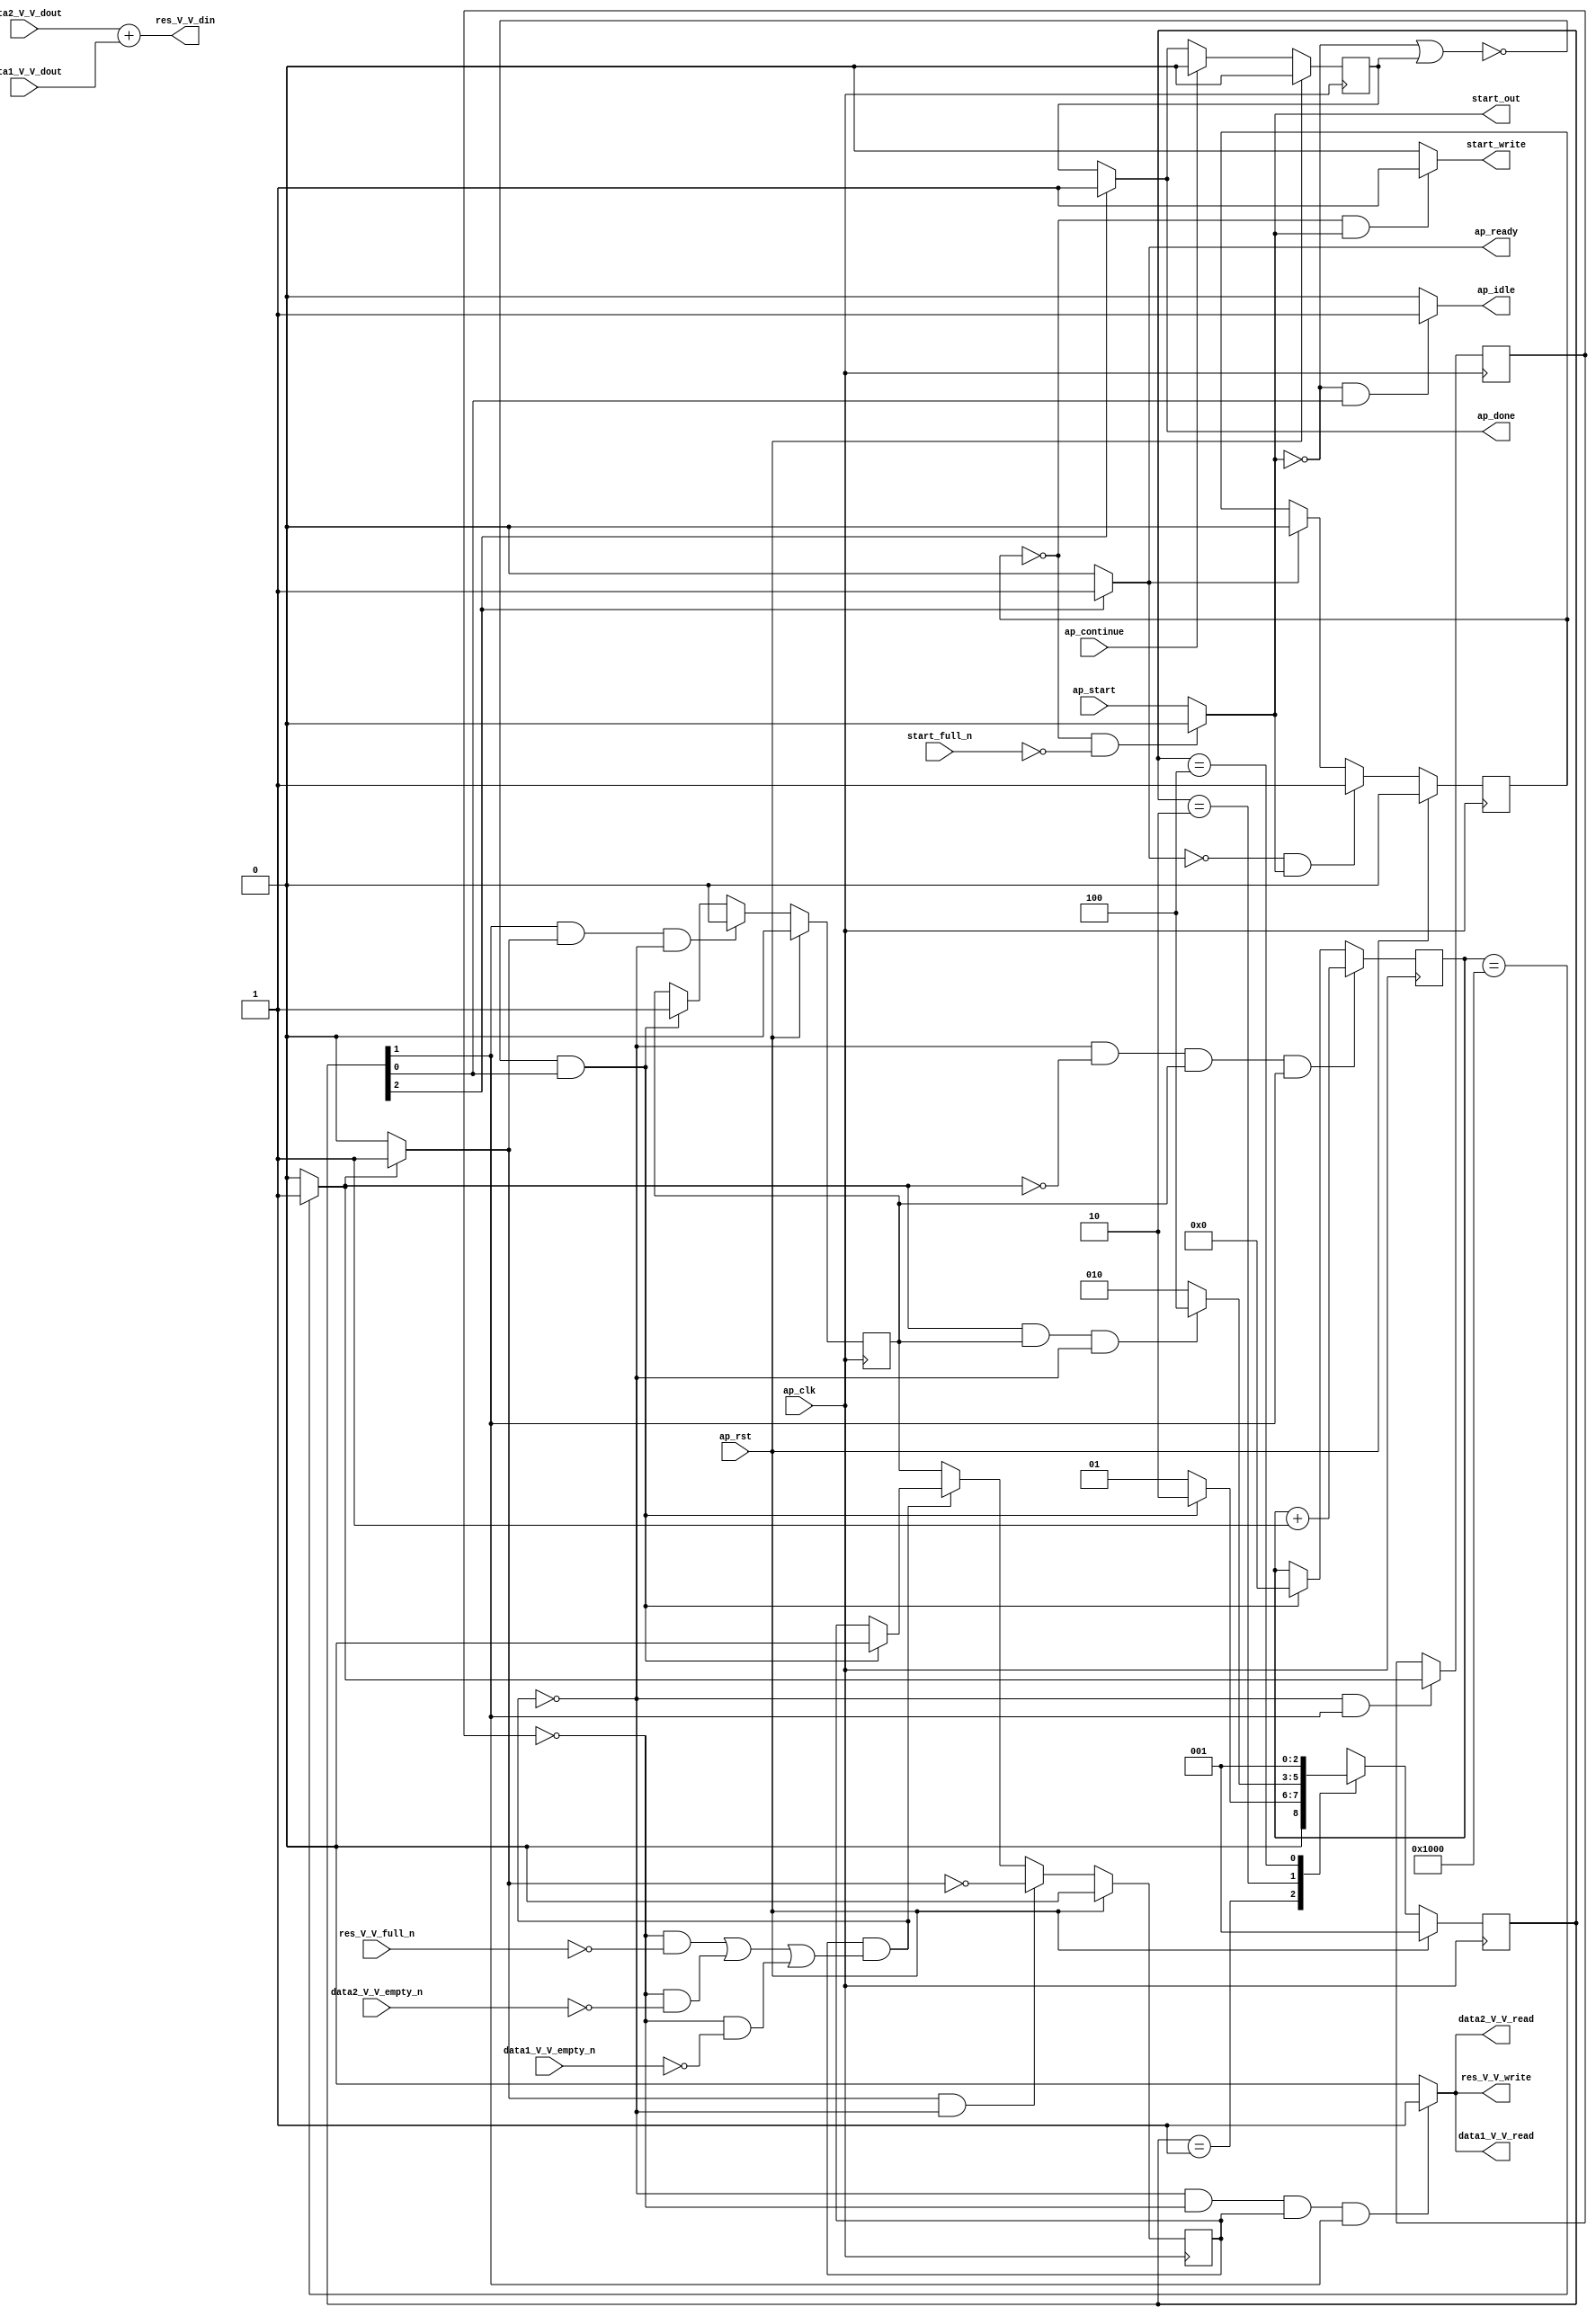
// ==============================================================
// RTL generated by Vivado(TM) HLS - High-Level Synthesis from C, C++ and OpenCL
// Version: 2019.2
// Copyright (C) 1986-2019 Xilinx, Inc. All Rights Reserved.
// 
// ===========================================================

`timescale 1 ns / 1 ps 

module add_ss_ap_fixed_ap_fixed_ap_fixed_config26_s (
        ap_clk,
        ap_rst,
        ap_start,
        start_full_n,
        ap_done,
        ap_continue,
        ap_idle,
        ap_ready,
        start_out,
        start_write,
        data1_V_V_dout,
        data1_V_V_empty_n,
        data1_V_V_read,
        data2_V_V_dout,
        data2_V_V_empty_n,
        data2_V_V_read,
        res_V_V_din,
        res_V_V_full_n,
        res_V_V_write
);

parameter    ap_ST_fsm_state1 = 3'd1;
parameter    ap_ST_fsm_pp0_stage0 = 3'd2;
parameter    ap_ST_fsm_state4 = 3'd4;

input   ap_clk;
input   ap_rst;
input   ap_start;
input   start_full_n;
output   ap_done;
input   ap_continue;
output   ap_idle;
output   ap_ready;
output   start_out;
output   start_write;
input  [15:0] data1_V_V_dout;
input   data1_V_V_empty_n;
output   data1_V_V_read;
input  [15:0] data2_V_V_dout;
input   data2_V_V_empty_n;
output   data2_V_V_read;
output  [15:0] res_V_V_din;
input   res_V_V_full_n;
output   res_V_V_write;

reg ap_done;
reg ap_idle;
reg start_write;
reg data1_V_V_read;
reg data2_V_V_read;
reg res_V_V_write;

reg    real_start;
reg    start_once_reg;
reg    ap_done_reg;
(* fsm_encoding = "none" *) reg   [2:0] ap_CS_fsm;
wire    ap_CS_fsm_state1;
reg    internal_ap_ready;
reg    data1_V_V_blk_n;
wire    ap_CS_fsm_pp0_stage0;
reg    ap_enable_reg_pp0_iter1;
wire    ap_block_pp0_stage0;
reg   [0:0] icmp_ln60_reg_131;
reg    data2_V_V_blk_n;
reg    res_V_V_blk_n;
reg   [12:0] i_0_reg_101;
wire   [0:0] icmp_ln60_fu_112_p2;
wire    ap_block_state2_pp0_stage0_iter0;
reg    ap_block_state3_pp0_stage0_iter1;
reg    ap_block_pp0_stage0_11001;
wire   [12:0] i_fu_118_p2;
reg    ap_enable_reg_pp0_iter0;
reg    ap_block_state1;
reg    ap_block_pp0_stage0_subdone;
reg    ap_condition_pp0_exit_iter0_state2;
reg    ap_block_pp0_stage0_01001;
wire    ap_CS_fsm_state4;
reg   [2:0] ap_NS_fsm;
reg    ap_idle_pp0;
wire    ap_enable_pp0;

// power-on initialization
initial begin
#0 start_once_reg = 1'b0;
#0 ap_done_reg = 1'b0;
#0 ap_CS_fsm = 3'd1;
#0 ap_enable_reg_pp0_iter1 = 1'b0;
#0 ap_enable_reg_pp0_iter0 = 1'b0;
end

always @ (posedge ap_clk) begin
    if (ap_rst == 1'b1) begin
        ap_CS_fsm <= ap_ST_fsm_state1;
    end else begin
        ap_CS_fsm <= ap_NS_fsm;
    end
end

always @ (posedge ap_clk) begin
    if (ap_rst == 1'b1) begin
        ap_done_reg <= 1'b0;
    end else begin
        if ((ap_continue == 1'b1)) begin
            ap_done_reg <= 1'b0;
        end else if ((1'b1 == ap_CS_fsm_state4)) begin
            ap_done_reg <= 1'b1;
        end
    end
end

always @ (posedge ap_clk) begin
    if (ap_rst == 1'b1) begin
        ap_enable_reg_pp0_iter0 <= 1'b0;
    end else begin
        if (((1'b1 == ap_CS_fsm_pp0_stage0) & (1'b1 == ap_condition_pp0_exit_iter0_state2) & (1'b0 == ap_block_pp0_stage0_subdone))) begin
            ap_enable_reg_pp0_iter0 <= 1'b0;
        end else if ((~((real_start == 1'b0) | (ap_done_reg == 1'b1)) & (1'b1 == ap_CS_fsm_state1))) begin
            ap_enable_reg_pp0_iter0 <= 1'b1;
        end
    end
end

always @ (posedge ap_clk) begin
    if (ap_rst == 1'b1) begin
        ap_enable_reg_pp0_iter1 <= 1'b0;
    end else begin
        if (((1'b1 == ap_condition_pp0_exit_iter0_state2) & (1'b0 == ap_block_pp0_stage0_subdone))) begin
            ap_enable_reg_pp0_iter1 <= (1'b1 ^ ap_condition_pp0_exit_iter0_state2);
        end else if ((1'b0 == ap_block_pp0_stage0_subdone)) begin
            ap_enable_reg_pp0_iter1 <= ap_enable_reg_pp0_iter0;
        end else if ((~((real_start == 1'b0) | (ap_done_reg == 1'b1)) & (1'b1 == ap_CS_fsm_state1))) begin
            ap_enable_reg_pp0_iter1 <= 1'b0;
        end
    end
end

always @ (posedge ap_clk) begin
    if (ap_rst == 1'b1) begin
        start_once_reg <= 1'b0;
    end else begin
        if (((internal_ap_ready == 1'b0) & (real_start == 1'b1))) begin
            start_once_reg <= 1'b1;
        end else if ((internal_ap_ready == 1'b1)) begin
            start_once_reg <= 1'b0;
        end
    end
end

always @ (posedge ap_clk) begin
    if (((1'b0 == ap_block_pp0_stage0_11001) & (icmp_ln60_fu_112_p2 == 1'd0) & (ap_enable_reg_pp0_iter0 == 1'b1) & (1'b1 == ap_CS_fsm_pp0_stage0))) begin
        i_0_reg_101 <= i_fu_118_p2;
    end else if ((~((real_start == 1'b0) | (ap_done_reg == 1'b1)) & (1'b1 == ap_CS_fsm_state1))) begin
        i_0_reg_101 <= 13'd0;
    end
end

always @ (posedge ap_clk) begin
    if (((1'b0 == ap_block_pp0_stage0_11001) & (1'b1 == ap_CS_fsm_pp0_stage0))) begin
        icmp_ln60_reg_131 <= icmp_ln60_fu_112_p2;
    end
end

always @ (*) begin
    if ((icmp_ln60_fu_112_p2 == 1'd1)) begin
        ap_condition_pp0_exit_iter0_state2 = 1'b1;
    end else begin
        ap_condition_pp0_exit_iter0_state2 = 1'b0;
    end
end

always @ (*) begin
    if ((1'b1 == ap_CS_fsm_state4)) begin
        ap_done = 1'b1;
    end else begin
        ap_done = ap_done_reg;
    end
end

always @ (*) begin
    if (((real_start == 1'b0) & (1'b1 == ap_CS_fsm_state1))) begin
        ap_idle = 1'b1;
    end else begin
        ap_idle = 1'b0;
    end
end

always @ (*) begin
    if (((ap_enable_reg_pp0_iter0 == 1'b0) & (ap_enable_reg_pp0_iter1 == 1'b0))) begin
        ap_idle_pp0 = 1'b1;
    end else begin
        ap_idle_pp0 = 1'b0;
    end
end

always @ (*) begin
    if (((icmp_ln60_reg_131 == 1'd0) & (1'b0 == ap_block_pp0_stage0) & (ap_enable_reg_pp0_iter1 == 1'b1) & (1'b1 == ap_CS_fsm_pp0_stage0))) begin
        data1_V_V_blk_n = data1_V_V_empty_n;
    end else begin
        data1_V_V_blk_n = 1'b1;
    end
end

always @ (*) begin
    if (((1'b0 == ap_block_pp0_stage0_11001) & (icmp_ln60_reg_131 == 1'd0) & (ap_enable_reg_pp0_iter1 == 1'b1) & (1'b1 == ap_CS_fsm_pp0_stage0))) begin
        data1_V_V_read = 1'b1;
    end else begin
        data1_V_V_read = 1'b0;
    end
end

always @ (*) begin
    if (((icmp_ln60_reg_131 == 1'd0) & (1'b0 == ap_block_pp0_stage0) & (ap_enable_reg_pp0_iter1 == 1'b1) & (1'b1 == ap_CS_fsm_pp0_stage0))) begin
        data2_V_V_blk_n = data2_V_V_empty_n;
    end else begin
        data2_V_V_blk_n = 1'b1;
    end
end

always @ (*) begin
    if (((1'b0 == ap_block_pp0_stage0_11001) & (icmp_ln60_reg_131 == 1'd0) & (ap_enable_reg_pp0_iter1 == 1'b1) & (1'b1 == ap_CS_fsm_pp0_stage0))) begin
        data2_V_V_read = 1'b1;
    end else begin
        data2_V_V_read = 1'b0;
    end
end

always @ (*) begin
    if ((1'b1 == ap_CS_fsm_state4)) begin
        internal_ap_ready = 1'b1;
    end else begin
        internal_ap_ready = 1'b0;
    end
end

always @ (*) begin
    if (((start_once_reg == 1'b0) & (start_full_n == 1'b0))) begin
        real_start = 1'b0;
    end else begin
        real_start = ap_start;
    end
end

always @ (*) begin
    if (((icmp_ln60_reg_131 == 1'd0) & (1'b0 == ap_block_pp0_stage0) & (ap_enable_reg_pp0_iter1 == 1'b1) & (1'b1 == ap_CS_fsm_pp0_stage0))) begin
        res_V_V_blk_n = res_V_V_full_n;
    end else begin
        res_V_V_blk_n = 1'b1;
    end
end

always @ (*) begin
    if (((1'b0 == ap_block_pp0_stage0_11001) & (icmp_ln60_reg_131 == 1'd0) & (ap_enable_reg_pp0_iter1 == 1'b1) & (1'b1 == ap_CS_fsm_pp0_stage0))) begin
        res_V_V_write = 1'b1;
    end else begin
        res_V_V_write = 1'b0;
    end
end

always @ (*) begin
    if (((start_once_reg == 1'b0) & (real_start == 1'b1))) begin
        start_write = 1'b1;
    end else begin
        start_write = 1'b0;
    end
end

always @ (*) begin
    case (ap_CS_fsm)
        ap_ST_fsm_state1 : begin
            if ((~((real_start == 1'b0) | (ap_done_reg == 1'b1)) & (1'b1 == ap_CS_fsm_state1))) begin
                ap_NS_fsm = ap_ST_fsm_pp0_stage0;
            end else begin
                ap_NS_fsm = ap_ST_fsm_state1;
            end
        end
        ap_ST_fsm_pp0_stage0 : begin
            if (~((icmp_ln60_fu_112_p2 == 1'd1) & (ap_enable_reg_pp0_iter0 == 1'b1) & (1'b0 == ap_block_pp0_stage0_subdone))) begin
                ap_NS_fsm = ap_ST_fsm_pp0_stage0;
            end else if (((icmp_ln60_fu_112_p2 == 1'd1) & (ap_enable_reg_pp0_iter0 == 1'b1) & (1'b0 == ap_block_pp0_stage0_subdone))) begin
                ap_NS_fsm = ap_ST_fsm_state4;
            end else begin
                ap_NS_fsm = ap_ST_fsm_pp0_stage0;
            end
        end
        ap_ST_fsm_state4 : begin
            ap_NS_fsm = ap_ST_fsm_state1;
        end
        default : begin
            ap_NS_fsm = 'bx;
        end
    endcase
end

assign ap_CS_fsm_pp0_stage0 = ap_CS_fsm[32'd1];

assign ap_CS_fsm_state1 = ap_CS_fsm[32'd0];

assign ap_CS_fsm_state4 = ap_CS_fsm[32'd2];

assign ap_block_pp0_stage0 = ~(1'b1 == 1'b1);

always @ (*) begin
    ap_block_pp0_stage0_01001 = ((ap_enable_reg_pp0_iter1 == 1'b1) & (((icmp_ln60_reg_131 == 1'd0) & (res_V_V_full_n == 1'b0)) | ((icmp_ln60_reg_131 == 1'd0) & (data2_V_V_empty_n == 1'b0)) | ((icmp_ln60_reg_131 == 1'd0) & (data1_V_V_empty_n == 1'b0))));
end

always @ (*) begin
    ap_block_pp0_stage0_11001 = ((ap_enable_reg_pp0_iter1 == 1'b1) & (((icmp_ln60_reg_131 == 1'd0) & (res_V_V_full_n == 1'b0)) | ((icmp_ln60_reg_131 == 1'd0) & (data2_V_V_empty_n == 1'b0)) | ((icmp_ln60_reg_131 == 1'd0) & (data1_V_V_empty_n == 1'b0))));
end

always @ (*) begin
    ap_block_pp0_stage0_subdone = ((ap_enable_reg_pp0_iter1 == 1'b1) & (((icmp_ln60_reg_131 == 1'd0) & (res_V_V_full_n == 1'b0)) | ((icmp_ln60_reg_131 == 1'd0) & (data2_V_V_empty_n == 1'b0)) | ((icmp_ln60_reg_131 == 1'd0) & (data1_V_V_empty_n == 1'b0))));
end

always @ (*) begin
    ap_block_state1 = ((real_start == 1'b0) | (ap_done_reg == 1'b1));
end

assign ap_block_state2_pp0_stage0_iter0 = ~(1'b1 == 1'b1);

always @ (*) begin
    ap_block_state3_pp0_stage0_iter1 = (((icmp_ln60_reg_131 == 1'd0) & (res_V_V_full_n == 1'b0)) | ((icmp_ln60_reg_131 == 1'd0) & (data2_V_V_empty_n == 1'b0)) | ((icmp_ln60_reg_131 == 1'd0) & (data1_V_V_empty_n == 1'b0)));
end

assign ap_enable_pp0 = (ap_idle_pp0 ^ 1'b1);

assign ap_ready = internal_ap_ready;

assign i_fu_118_p2 = (i_0_reg_101 + 13'd1);

assign icmp_ln60_fu_112_p2 = ((i_0_reg_101 == 13'd4096) ? 1'b1 : 1'b0);

assign res_V_V_din = (data2_V_V_dout + data1_V_V_dout);

assign start_out = real_start;

endmodule //add_ss_ap_fixed_ap_fixed_ap_fixed_config26_s